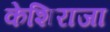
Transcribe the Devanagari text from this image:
केशिराजा